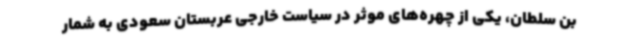
بن سلطان، یکی از چهره‌های موثر در سیاست خارجی عربستان سعودی به شمار